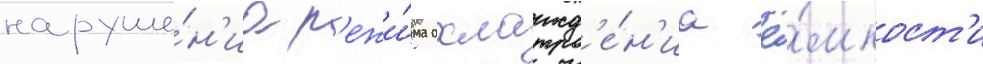
наруше́н'иа р'ежи́ма охлажд'е́н'иа ё́мкост'и